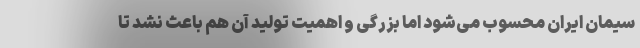
سیمان ایران محسوب می‌شود اما بزرگی و اهمیت تولید آن هم باعث نشد تا